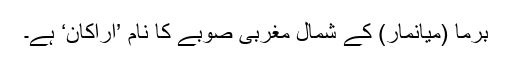
برما (میانمار) کے شمال مغربی صوبے کا نام ’اراکان‘ ہے۔